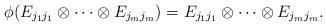
LaTeX: \begin{align*}\phi(E_{j_1j_1}\otimes\cdots\otimes E_{j_{m}j_{m}})=E_{j_1j_1}\otimes \cdots \otimes E_{j_mj_m}.\end{align*}